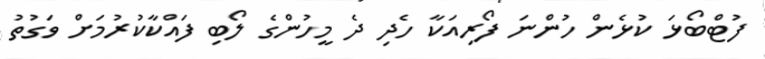
ފުޓްބޯޅަ ކުޅެން ހުންނަ ފޯރިއަކާ ހެދި ދެ މީހުންގެ ލޯބި ފައްކާކުރުމަށް ވަގުތު